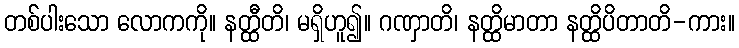
တစ်ပါးသော လောကကို။ နတ္ထီတိ၊ မရှိဟူ၍။ ဂဏှာတိ၊ နတ္ထိမာတာ နတ္ထိပိတာတိ-ကား။